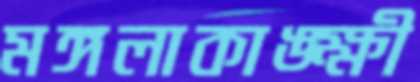
মঙ্গলাকাঙ্ক্ষী